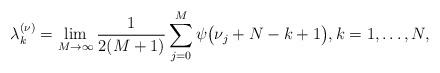
LaTeX: \begin{align*} \lambda^{(\nu)}_{k} = \lim_{M\to \infty} \frac{1}{2(M+1)} \sum_{j=0}^{M}\psi\big(\nu_j+N-k+1\big), k=1, \ldots, N, \end{align*}